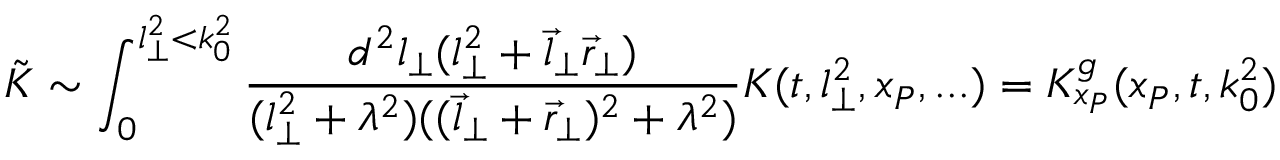
\tilde { K } \sim \int _ { 0 } ^ { l _ { \perp } ^ { 2 } < k _ { 0 } ^ { 2 } } \frac { d ^ { 2 } l _ { \perp } ( l _ { \perp } ^ { 2 } + \vec { l } _ { \perp } \vec { r } _ { \perp } ) } { ( l _ { \perp } ^ { 2 } + \lambda ^ { 2 } ) ( ( \vec { l } _ { \perp } + \vec { r } _ { \perp } ) ^ { 2 } + \lambda ^ { 2 } ) } K ( t , l _ { \perp } ^ { 2 } , x _ { P } , . . . ) = { \cal K } _ { x _ { P } } ^ { g } ( x _ { P } , t , k _ { 0 } ^ { 2 } )